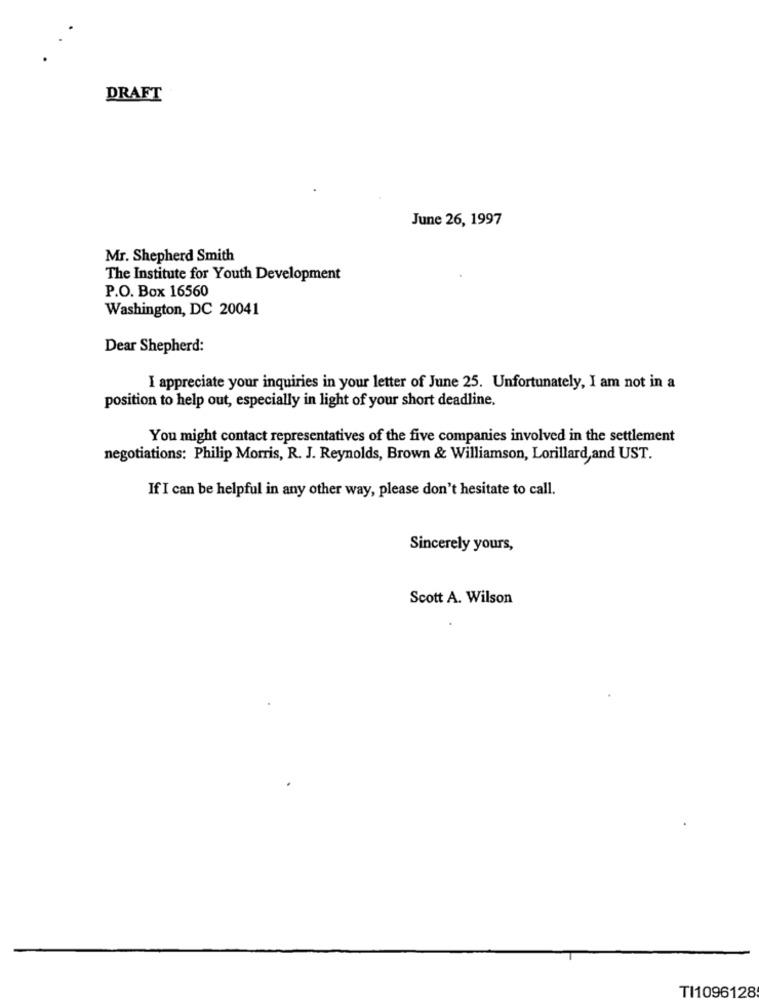
DRAFT
June 26, 1997
Mr. Shepherd Smith
The Institute for Youth Development
P.O. Box 16560
Washington, DC 20041
Dear Shepherd:
I appreciate your inquiries in your letter of June 25. Unfortunately, I am not in a
position to help out, especially in light of your short deadline.
You might contact representatives of the five companies involved in the settlement
negotiations: Philip Morris, R. J. Reynolds, Brown & Williamson, Lorillard, and UST.
If I can be helpful in any other way, please don't hesitate to call.
Sincerely yours,
Scott A. Wilson
TI1096128